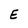
Character: E